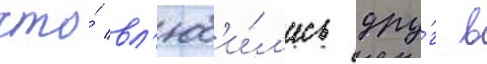
что́ вл'юб'и́л'ись дру́г в